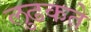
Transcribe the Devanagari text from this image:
लुढकते